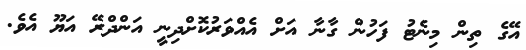
އޭގެ ތިން މިނެޓު ފަހުން ގާނާ އަށް އެއްވަރުކޮށްދިނީ އަންދްރޭ އަޔޫ އެވެ.